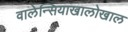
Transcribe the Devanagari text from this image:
वालेन्सियाखालोखाल